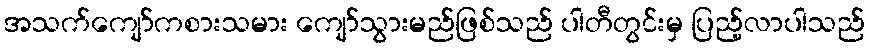
အသက်ကျော်ကစားသမား ကျော်သွားမည်ဖြစ်သည် ပါတီတွင်းမှ ပြည့်လာပါသည်